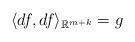
LaTeX: \begin{align*}\langle df, df \rangle_{\mathbb{R}^{m+k}} =g\end{align*}